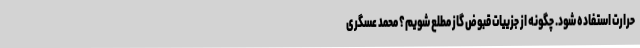
حرارت استفاده شود. چگونه از جزییات قبوض گاز مطلع شویم؟ محمد عسگری